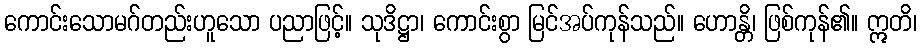
ကောင်းသောမဂ်တည်းဟူသော ပညာဖြင့်။ သုဒိဋ္ဌာ၊ ကောင်းစွာ မြင်အပ်ကုန်သည်။ ဟောန္တိ၊ ဖြစ်ကုန်၏။ ဣတိ၊